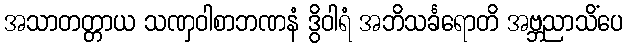
အသာတတ္တာယ သဏှဝါစာဘဏနံ ဒွိဝါရံ အဘိသင်္ခရောတိ အဗ္ဘညာသိံပေ